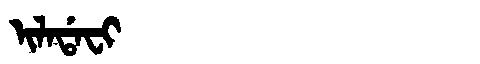
Manchu: ᡳᠯᠠᡩᠠᠸᡳ
Romanization: ILADAFI